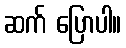
ဆက် ပြောပါ။